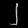
Digit: ၂